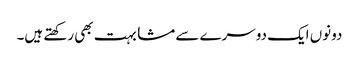
دونوں ایک دوسرے سے مشابہت بھی رکھتے ہیں۔